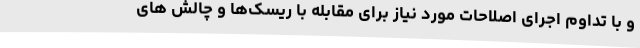
و با تداوم اجرای اصلاحات مورد نیاز برای مقابله با ریسک‌ها و چالش های